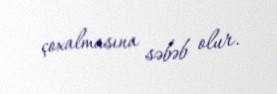
çoxalmasına səbəb olur.